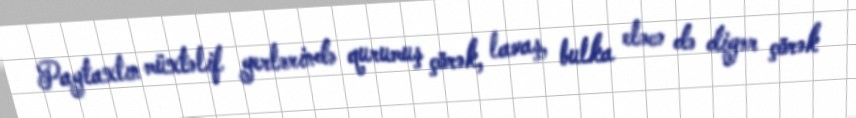
Paytaxtın müxtəlif yerlərində qurumuş çörək, lavaş, bulka eləcə də digər çörək